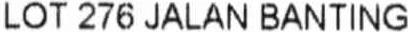
LOT 276 JALAN BANTING